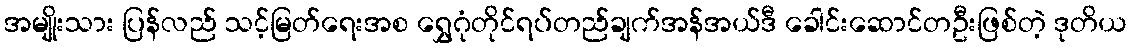
အမျိုးသား ပြန်လည် သင့်မြတ်ရေးအစ ရွှေဂုံတိုင်ရပ်တည်ချက်အန်အယ်ဒီ ခေါင်းဆောင်တဦးဖြစ်တဲ့ ဒုတိယ